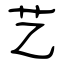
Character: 艺